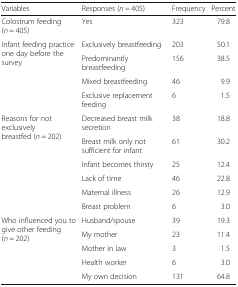
<table><thead><tr><td><b>Variables</b></td><td><b>Responses (<i>n =</i> 405)</b></td><td><b>Frequency</b></td><td><b>Percent</b></td></tr></thead><tbody><tr><td>Colostrum feeding (<i>n</i> = 405)</td><td>Yes</td><td>323</td><td>79.8</td></tr><tr><td rowspan="4">Infant feeding practice one day before the survey</td><td>Exclusively breastfeeding</td><td>203</td><td>50.1</td></tr><tr><td>Predominantly breastfeeding</td><td>156</td><td>38.5</td></tr><tr><td>Mixed breastfeeding</td><td>46</td><td>9.9</td></tr><tr><td>Exclusive replacement feeding</td><td>6</td><td>1.5</td></tr><tr><td rowspan="6">Reasons for not exclusively breastfed (<i>n</i> = 202)</td><td>Decreased breast milk secretion</td><td>38</td><td>18.8</td></tr><tr><td>Breast milk only not sufficient for infant</td><td>61</td><td>30.2</td></tr><tr><td>Infant becomes thirsty</td><td>25</td><td>12.4</td></tr><tr><td>Lack of time</td><td>46</td><td>22.8</td></tr><tr><td>Maternal illness</td><td>26</td><td>12.9</td></tr><tr><td>Breast problem</td><td>6</td><td>3.0</td></tr><tr><td rowspan="5">Who influenced you to give other feeding (<i>n</i> = 202)</td><td>Husband/spouse</td><td>39</td><td>19.3</td></tr><tr><td>My mother</td><td>23</td><td>11.4</td></tr><tr><td>Mother in law</td><td>3</td><td>1.5</td></tr><tr><td>Health worker</td><td>6</td><td>3.0</td></tr><tr><td>My own decision</td><td>131</td><td>64.8</td></tr></tbody></table>